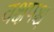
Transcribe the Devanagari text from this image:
वक्षपश्च